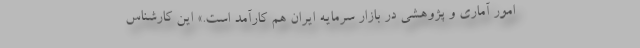
امور آماری و پژوهشی در بازار سرمایه ایران هم کارآمد است.» این کارشناس